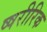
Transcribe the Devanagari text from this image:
ष्षरीरिक